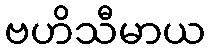
ဗဟိသီမာယ